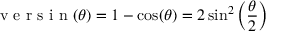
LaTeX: { \textrm { v e r s i n } } ( \theta ) = 1 - \cos ( \theta ) = 2 \sin ^ { 2 } \left( { \frac { \theta } { 2 } } \right)